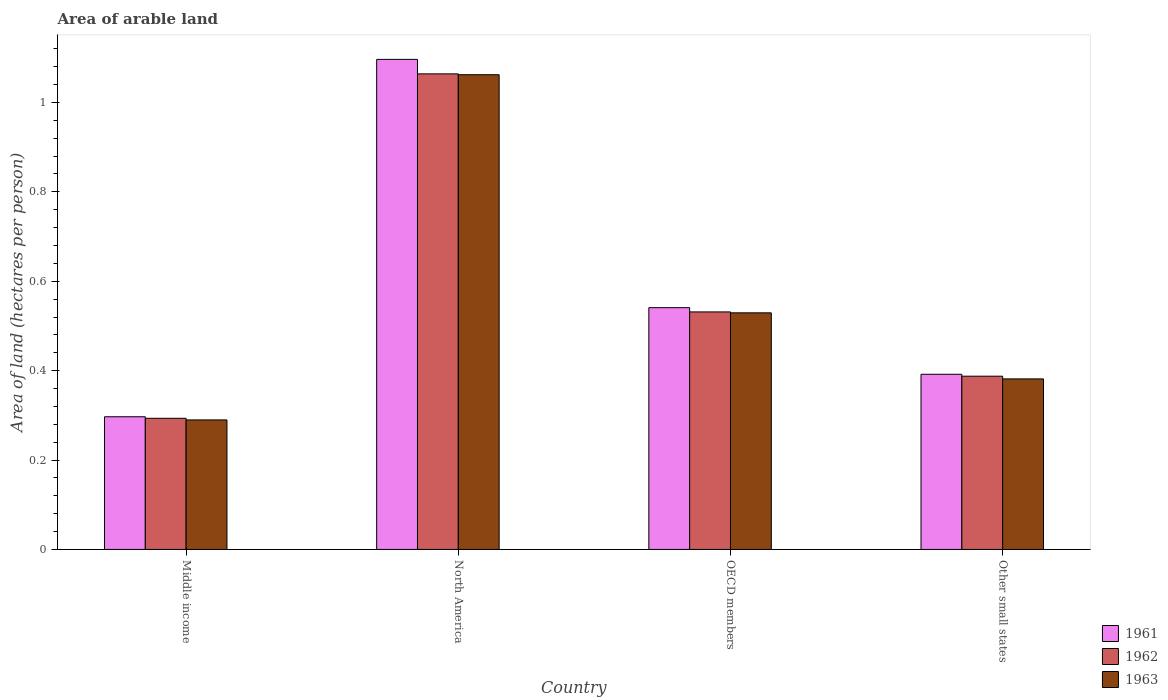
| Country | 1961 | 1962 | 1963 |
 | --- | --- | --- | --- |
 | Middle income | 0.297 | 0.293 | 0.29 |
 | North America | 1.1 | 1.06 | 1.06 |
 | OECD members | 0.541 | 0.531 | 0.529 |
 | Other small states | 0.392 | 0.388 | 0.382 |